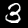
Label: 3